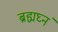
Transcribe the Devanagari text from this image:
ब्रह्मघ्नं